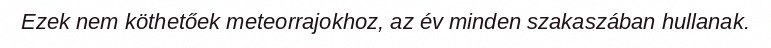
Ezek nem köthetőek meteorrajokhoz, az év minden szakaszában hullanak.